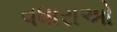
વધારાઓ